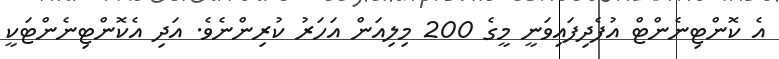
އެ ކޮންޓިނެންޓް އުފެދިފައިވަނީ މީގެ 200 މިލިއަން އަހަރު ކުރިންނެވެ. އަދި އެކޮންޓިނެންޓަކީ